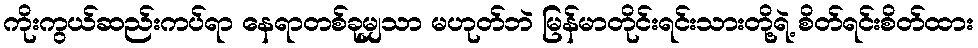
ကိုးကွယ်ဆည်းကပ်ရာ နေရာတစ်ခုမျှသာ မဟုတ်ဘဲ မြန်မာတိုင်းရင်းသားတို့ရဲ့ စိတ်ရင်းစိတ်ထား